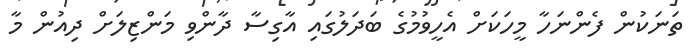
ތަނަކުން ފެންނަހާ މީހަކަށް އެހީވުމުގެ ބަދަލުގައި އާގިސާ ދާންވި މަންޒިލަށް ދިއުން މާ